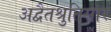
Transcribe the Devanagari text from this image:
अद्वैतश्रुतिसार